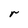
Character: r